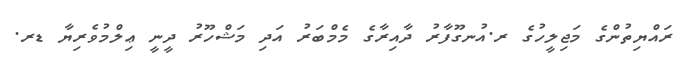
ރައްޔިތުންގެ މަޖިލީހުގެ ރ.އުނގޫފާރު ދާއިރާގެ މެމްބަރު އަދި މަޝްހޫރު ދީނީ ޢިލްމުވެރިޔާ ޑރ.